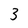
Character: 3